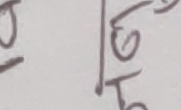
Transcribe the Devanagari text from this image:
तो